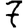
Digit: 7